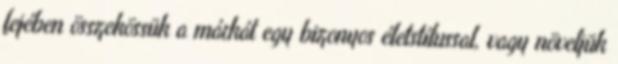
fejében összekössük a márkát egy bizonyos életstílussal, vagy növeljük